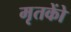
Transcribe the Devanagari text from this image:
मृतकोें